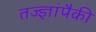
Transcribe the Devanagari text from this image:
तज्‍ज्ञांपैकी